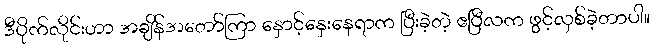
ဒီပိုက်လိုင်းဟာ အချိန်အတော်ကြာ နှောင့်နှေးနေရာက ပြီးခဲ့တဲ့ ဧပြီလက ဖွင့်လှစ်ခဲ့တာပါ။